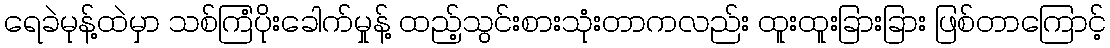
ရေခဲမုန့်ထဲမှာ သစ်ကြံပိုးခေါက်မှုန့် ထည့်သွင်းစားသုံးတာကလည်း ထူးထူးခြားခြား ဖြစ်တာကြောင့်